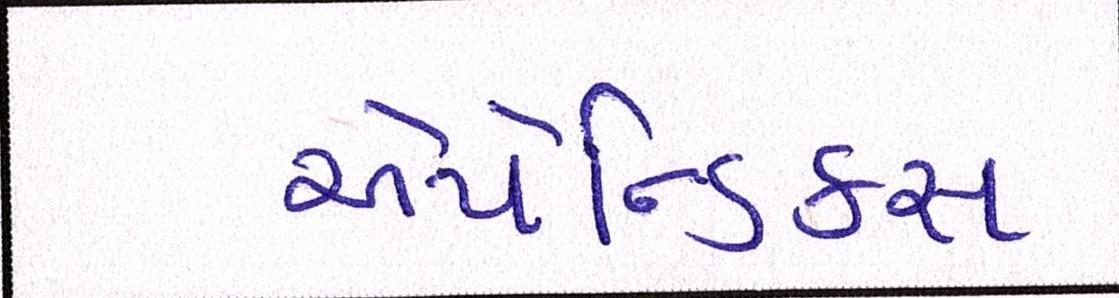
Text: એપેન્ડિક્સ